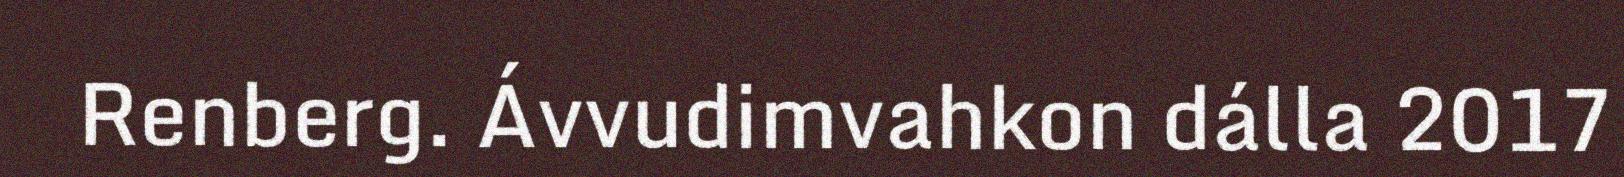
Renberg. Ávvudimvahkon dálla 2017